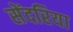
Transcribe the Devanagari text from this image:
सेंदरिया